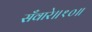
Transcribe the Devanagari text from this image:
सँवारे॥१०॥